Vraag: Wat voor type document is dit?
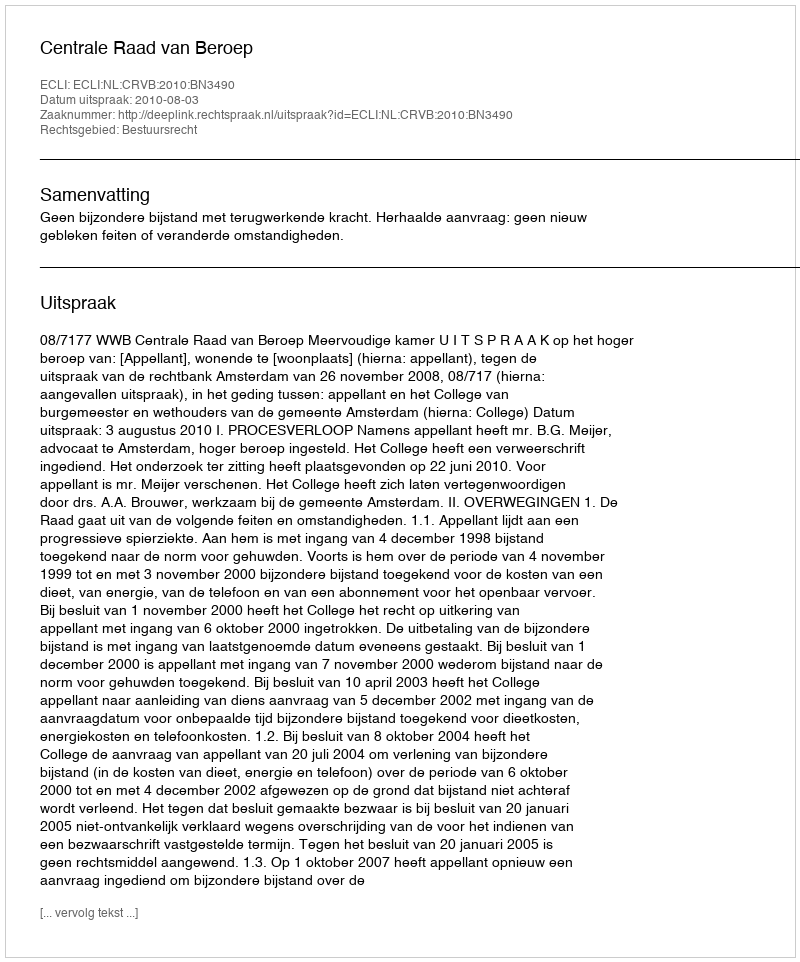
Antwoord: Uitspraak